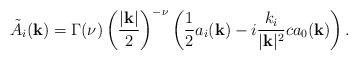
LaTeX: \begin{align*}\tilde{A}_i({\bf k}) = \Gamma(\nu)\left({ |{\bf k}| \over 2}\right)^{-\nu} \left( {1\over2}a_i({\bf k}) - i{k_i\over|{\bf k}|^2}ca_0({\bf k}) \right).\end{align*}